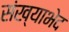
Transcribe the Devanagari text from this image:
संख्याभेद